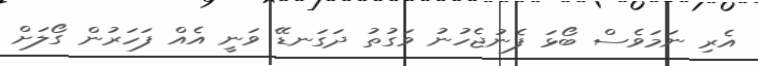
އެރި ނަމަވެސް ބޯޅަ ފެނުޖެހުނު ވަގުތު ދަގަނޑޭ ވަނީ އެއް ފަހަރުން ގޯލަށް